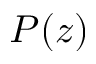
P ( z )